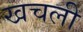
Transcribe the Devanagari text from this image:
खचली